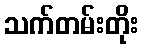
သက်တမ်းတိုး